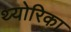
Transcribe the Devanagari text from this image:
थ्योरिका